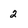
Character: 2